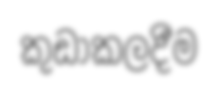
කුඩාකලදීම